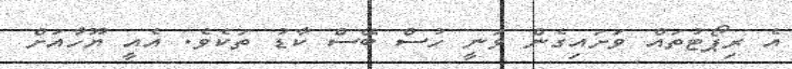
އެ ރިޕޯޓުތައް ވަށައިގެން ވަނީ ހުސް ބޭސް ކާޑު ތަކެވެ. އެއީ ޔޫހާއަށް